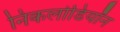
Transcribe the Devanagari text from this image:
निकलोडियॉन